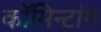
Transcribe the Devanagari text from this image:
कॉमिन्टांग